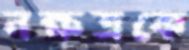
নক্ষত্রকে